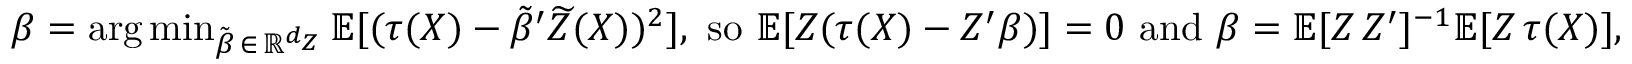
\beta = \mathrm { a r g \, m i n } _ { \tilde { \beta } \, \in \, \mathbb { R } ^ { d _ { Z } } } \, \mathbb { E } [ ( \tau ( X ) - \tilde { \beta } ^ { \prime } \widetilde { Z } ( X ) ) ^ { 2 } ] \mathrm { , ~ s o ~ } \mathbb { E } [ Z ( \tau ( X ) - Z ^ { \prime } \beta ) ] = 0 \mathrm { ~ a n d ~ } \beta = \mathbb { E } [ Z \, Z ^ { \prime } ] ^ { - 1 } \mathbb { E } [ Z \, \tau ( X ) ] ,